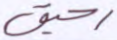
رحيق